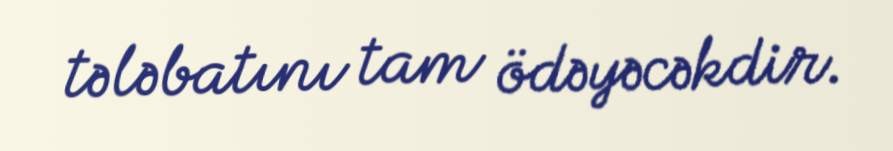
tələbatını tam ödəyəcəkdir.